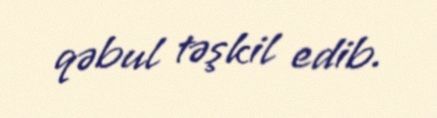
qəbul təşkil edib.